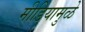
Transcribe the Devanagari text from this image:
मीडियामुळे